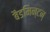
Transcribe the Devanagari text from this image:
बैडमिन्टन्